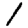
Digit: 1